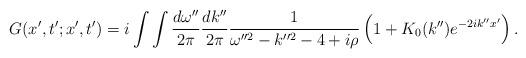
LaTeX: \begin{align*}G(x',t';x',t')=i\int\int\frac{d\omega''}{2\pi}\frac{dk''}{2\pi}\frac{1}{\omega''^{2}-k''^{2}-4+i\rho}\left(1+K_{0}(k'')e^{-2ik''x'}\right).\end{align*}